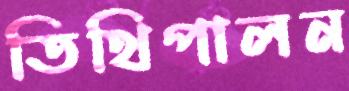
তিথিপালন